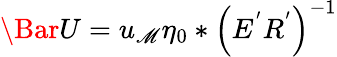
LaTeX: \Bar{U}=u_{\mathscr{M}}\eta_{0}*\left(E^{'}R^{'}\right)^{-1}